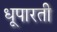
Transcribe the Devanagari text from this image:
धूपारती